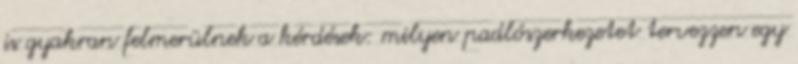
is gyakran felmerülnek a kérdések: milyen padlószerkezetet tervezzen egy